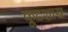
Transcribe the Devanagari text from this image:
कूटशास्र